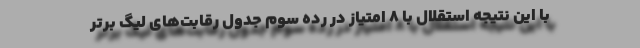
با این نتیجه استقلال با ۸ امتیاز در رده سوم جدول رقابت‌های لیگ برتر